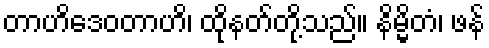
တာဟိဒေဝတာဟိ၊ ထိုနတ်တို့သည်။ နိမ္မိတံ၊ ဖန်